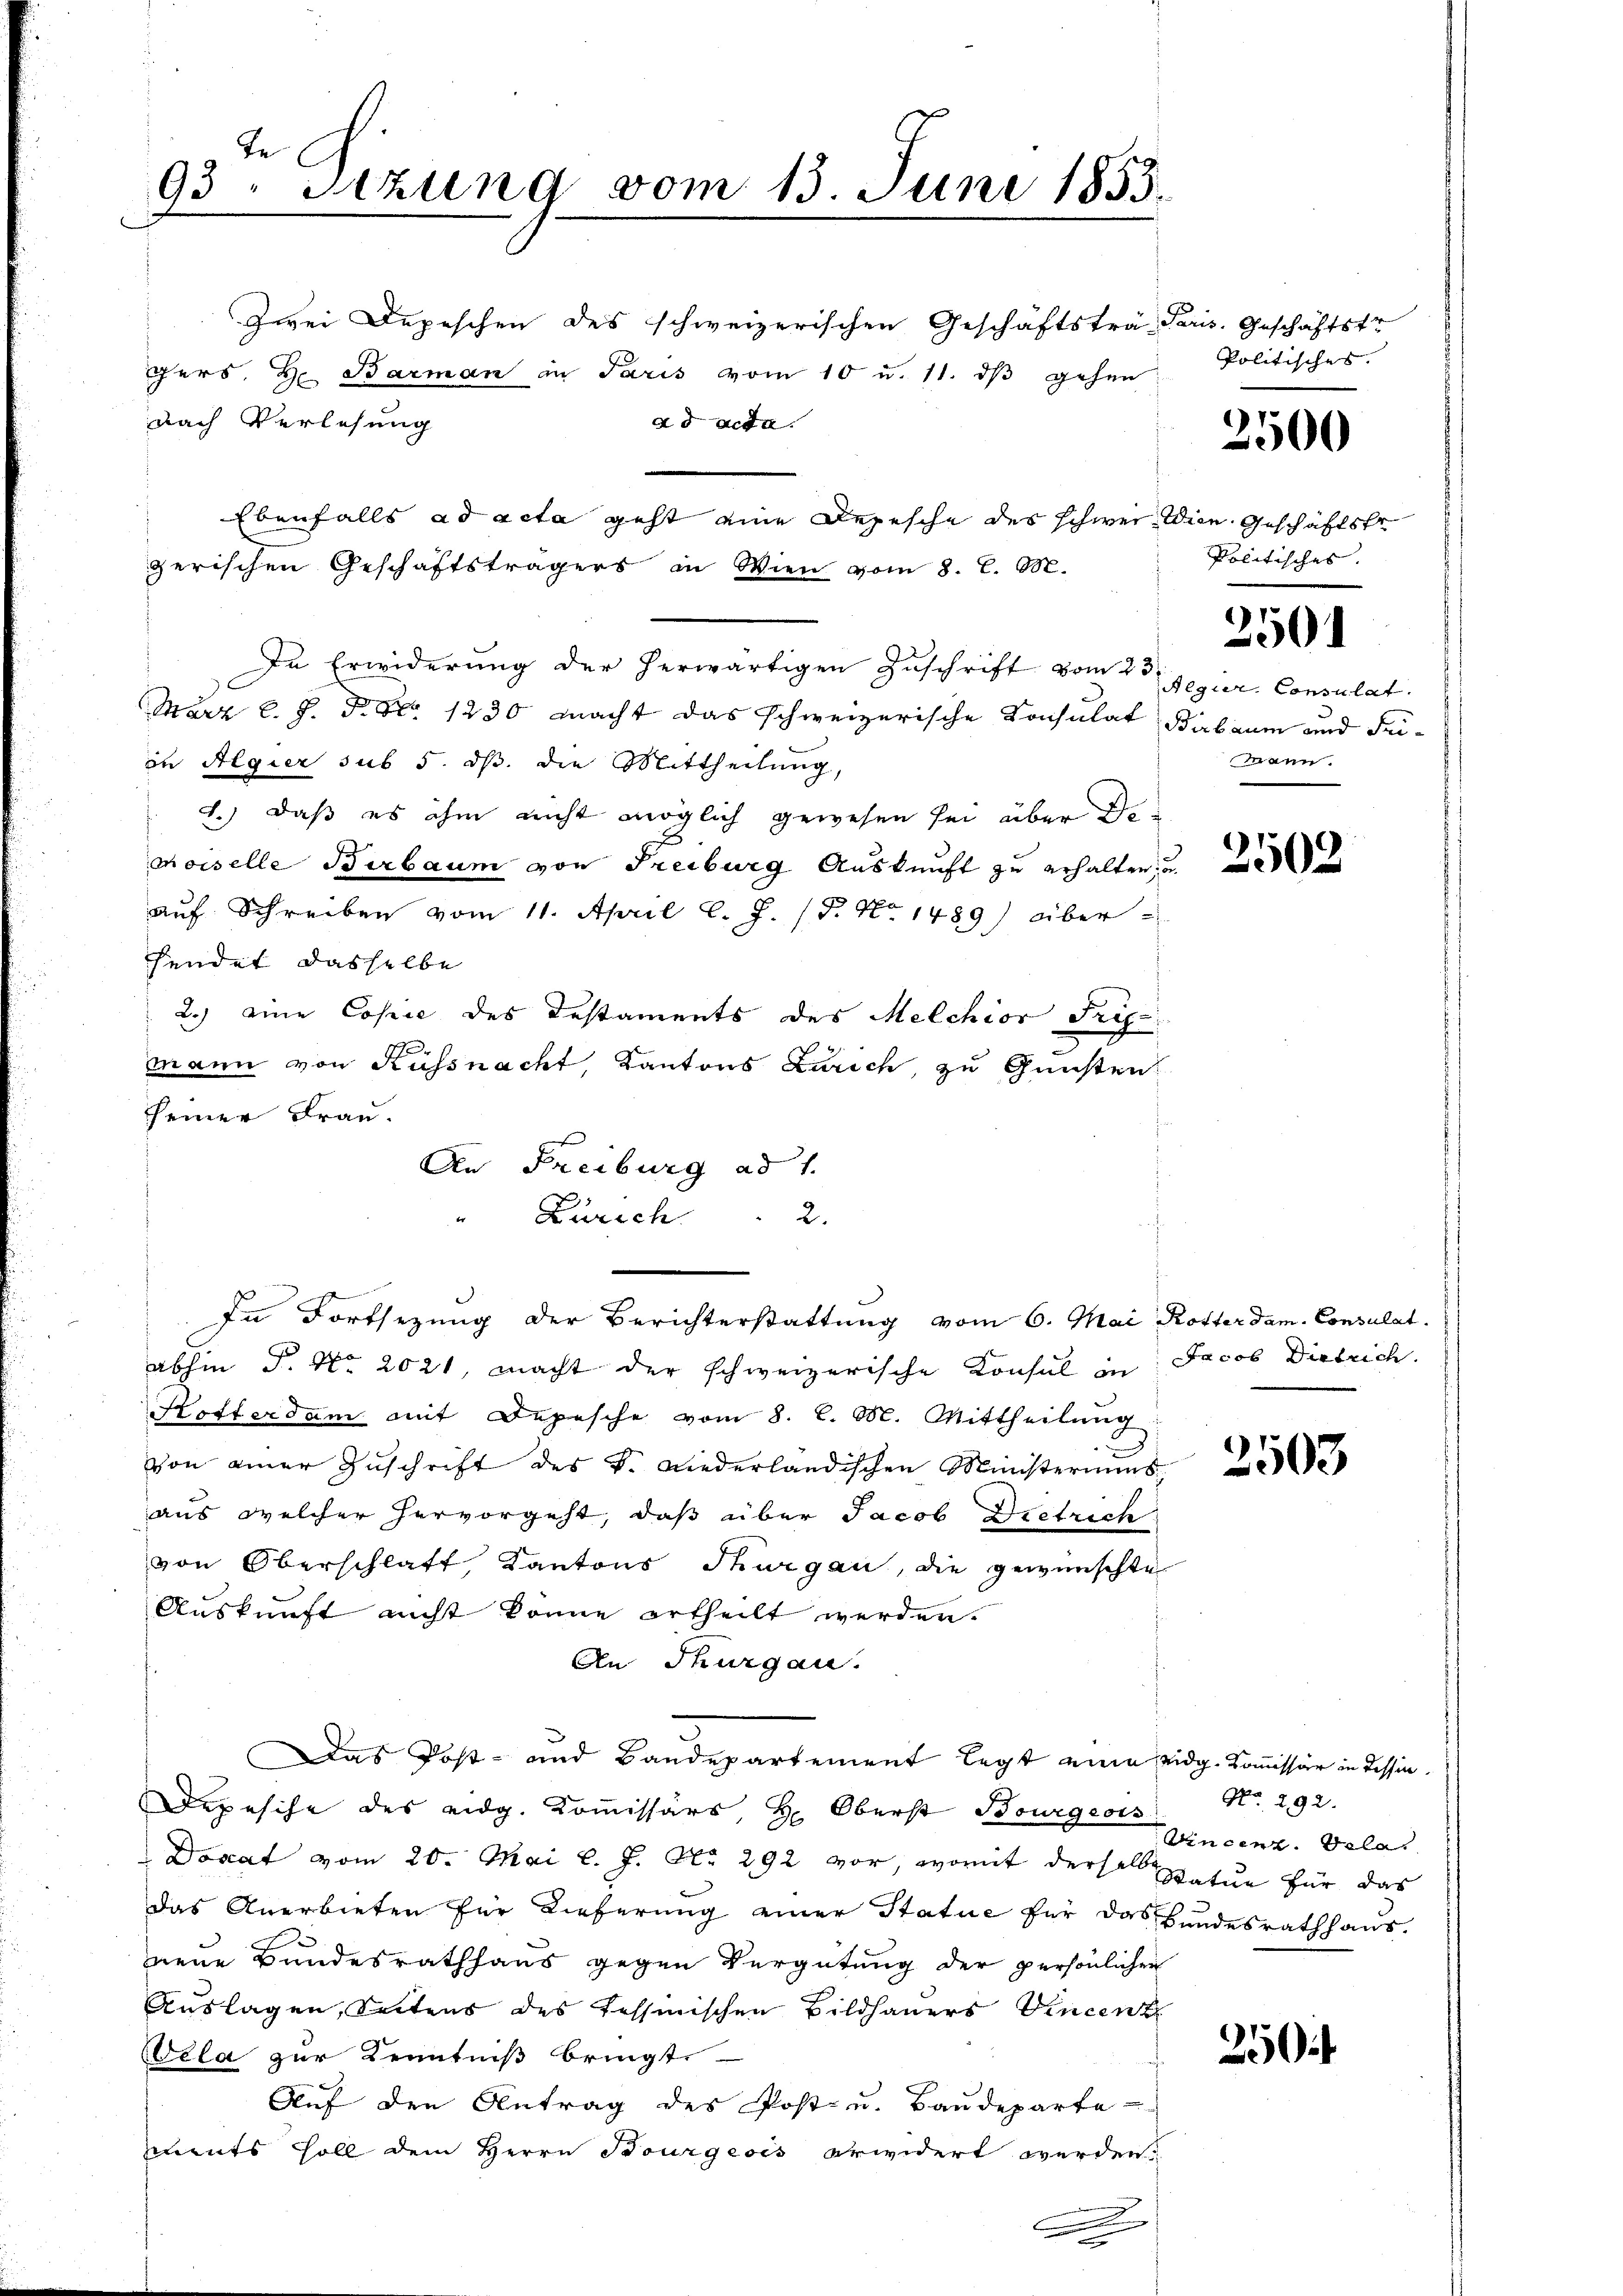
Te
93. Sitzung vom 13. Juni 1855.

An Freiburg ad 1.

Zwei Depeschen des schweizerischen Geschäftstra Paris. Geschäftstr
Pers. H. Barman in Paris vom 10 u. 11. ds gehen
nach Verlesung
ad acta.
Ebenfalls ad acta geht eine Depesche des schwei Wien Geschäftste
zerischen Geschäftsträgers in Wien vom 8. C. M.
In Erwiderung der herwärtigen Zuschrift vom 2ten Jegur. Consulat
März l. J. P. Nr. 1230 macht das schweizerische Konsulat Birbaum und Feiin Algier sub 5. ds. die Mittheilung,
1.) daß es ihm nicht möglich gewesen sei über de
moiselle Birbaum von Freiburg Auskunft zu erhalten, u.
auf Schreiben vom 11. April l. J. (T. No. 1489) überhendet dasselbe
2.) eine Copie des Testaments des Melchior Fri
mann von Küssnacht, Kantons Zürich, zu Gunsten
seiner Frau.
Zürich.
In Fortsezung der Berichterstattung vom 6. Mai Rotterdam. Consulat
abhin P. Nr. 2021, macht der schweizerische Konsul in Jacob Diebrich.
Hotterdam mit Depesche vom 8. l. M. Mittheilung
von einer Zŭschrift des v. Niederländischen Ministeriums
aus welcher hervorgeht, daß über Jacob Dietrich
von Oberschlaft Kantons Thurgau, die gewünschte
Auskunft nicht könne ertheilt werden.
An Thurgau.
Das Post- und Bandepartement legt ein eidg. Kommissär in Tessin¬
Depesche des eidg. Kommissärs H. Oberst Bourgeois
Donat vom 20. Mai l. J. No 292 vor, womit dersel Statue für das
das Anerbieten für Lieferung einer Statue für das Bundesrathhaus.
neue Bundesrathhaus gegen Vergütung der persönlichen
Auslagen, Seitens des Tessinischen Bildhauers Vincenz
Wela zur Kenntniß bringt.
Auf den Antrag des Post- u. Baŭdeparte
ments soll dem Herrn Bourgeois erwidert werden.
d

2.

Politisches. |
2500

Politisches.
Mann.

250.

2502

2503

No. 292.
Wincenz. Gela

250f